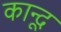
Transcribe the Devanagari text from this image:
कान्दू